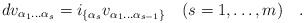
\begin{align*}d v_{\alpha_1 \dots \alpha_s} =i_{\{\alpha_s} v_{\alpha_1 \dots \alpha_{s-1}\}}\quad (s=1,\dots, m)\quad.\end{align*}